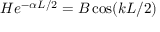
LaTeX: H e ^ { - \alpha L / 2 } = B \cos ( k L / 2 )